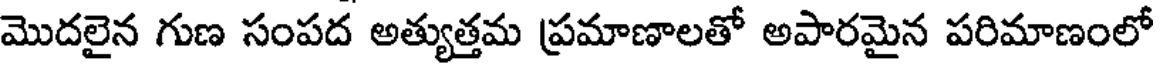
మొదలైన గుణ సంపద అత్యుత్తమ ప్రమాణాలతో అపారమైన పరిమాణంలో